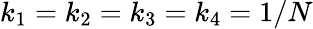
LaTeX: k_{1}=k_{2}=k_{3}=k_{4}=1/N